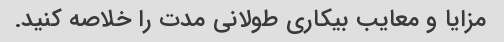
مزایا و معایب بیکاری طولانی مدت را خلاصه کنید.